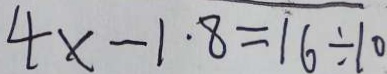
4 x - 1 . 8 = 1 6 \div 1 0